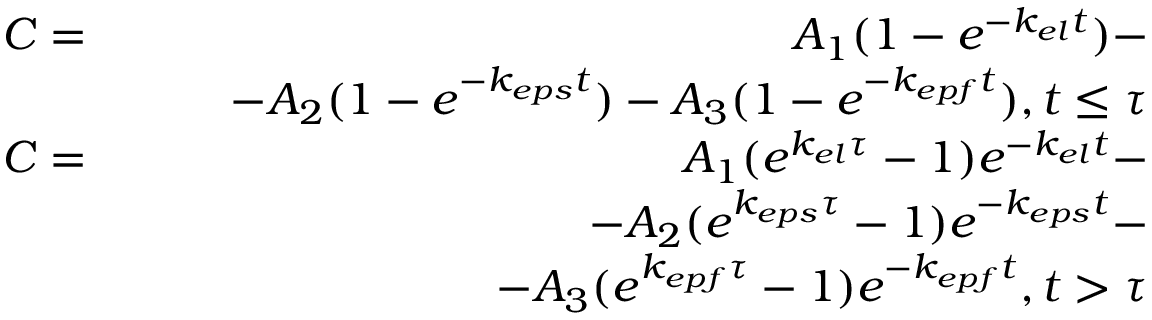
\begin{array} { r l r } & { C = } & { A _ { 1 } ( 1 - e ^ { - k _ { e l } t } ) - } \\ & { } & { \qquad - A _ { 2 } ( 1 - e ^ { - k _ { e p s } t } ) - A _ { 3 } ( 1 - e ^ { - k _ { e p f } t } ) , t \leq \tau } \\ & { C = } & { A _ { 1 } ( e ^ { k _ { e l } \tau } - 1 ) e ^ { - k _ { e l } t } - } \\ & { } & { \qquad \qquad - A _ { 2 } ( e ^ { k _ { e p s } \tau } - 1 ) e ^ { - k _ { e p s } t } - } \\ & { } & { \qquad \qquad \qquad \qquad - A _ { 3 } ( e ^ { k _ { e p f } \tau } - 1 ) e ^ { - k _ { e p f } t } , t > \tau } \end{array}